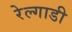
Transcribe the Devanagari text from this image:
रेल्गाडी